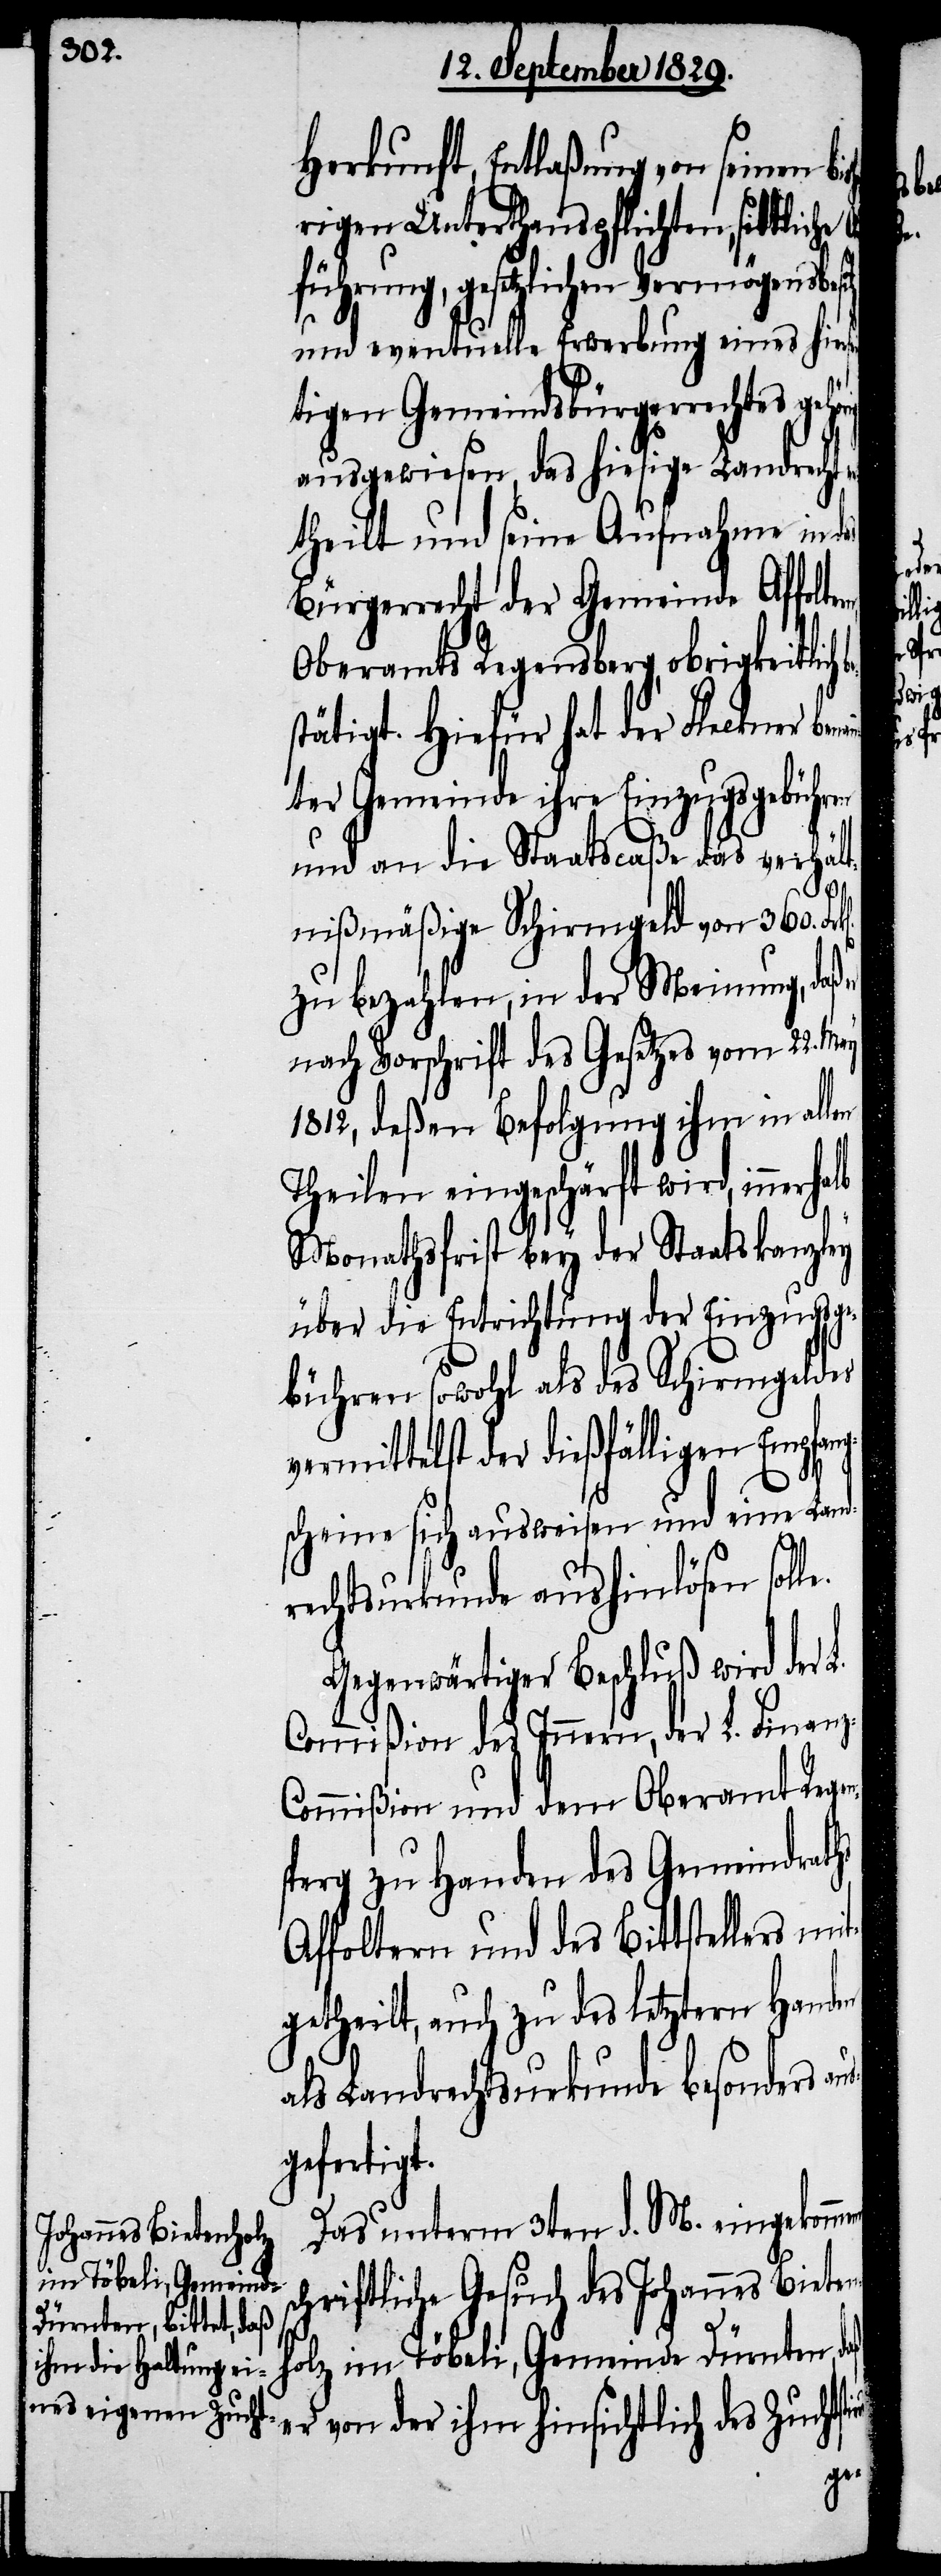
Herkunft, Entlaßung von seinem bi¬
erigen Unterthanspflichten, sittlicher
führung, gesetzlichen Vermögensbes¬
und eventuelle Erwerbung eines hier¬
tigen Gemeindsbürgerrechts gehör¬
ausgewiesen, das hiesige Landrecht
theilt und seine Aufnahme in
Bürgerrecht der Gemeinde Affolte¬
Oberamts Regensberg, obrigkeitli¬
stätigt. Hiefür hat der Fleckner ben¬
ter Gemeinde ihre Einzugsgebühren
und an die Staatscaße das verhält¬
nißmäßige Schirmgeld von 360. Fr¬
zu bezahlen, in der Meinung, daß
nach Vorschrift des Gesetzes vom 22. May
1812, deßen Befolgung ihm in all¬
Theilen eingeschärft wird, inner¬
Monathsfrist bey der Staatskanzley
über die Entrichtung der Einzugsge¬
bühren sowohl als des Schirmgeldes
ermittelst der dießfälligen Empfan¬
gscheine sich ausweisen und eine Land¬
rechtsurkunde aushinlösen soll¬
Gegenwärtiger Beschluß wird der
Commißion des Innern, der L. Finan¬
z-Commißion und dem Oberamt Rege¬
sperg zu Handen des Gemeindsrat¬
Affoltern und des Bittstellers mi¬
tgetheilt, auch zu des letztern Handen
als Landrechtsurkunde besonders
gefertigt.
Das unterm 3ten d. M. eingekomm¬
schriftliche Gesuch des Johannes Bieten¬
holz im Töbeli, Gemeinde Dürnten,
er von der ihm hinsichtlich des Zuchtst¬

iers